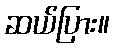
ဆယ်ပြား။